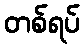
တစ်ရပ်